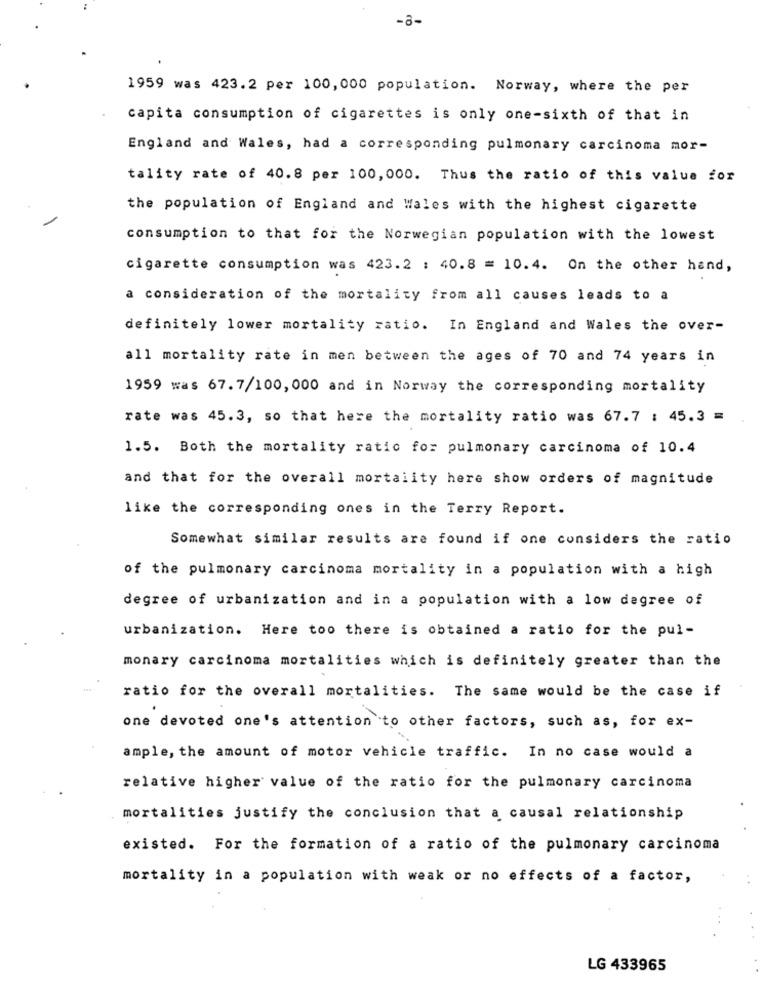
-8-
1959 was 423.2 per 100, 000 population. Norway, where the per
capita consumption of cigarettes is only one-sixth of that in
England and Wales, had a corresponding pulmonary carcinoma mor-
tality rate of 40.8 per 100, 000. Thus the ratio of this value for
the population of England and Wales with the highest cigarette
consumption to that for the Norwegian population with the lowest
cigarette consumption was 423.2 : 40.8 = 10.4. On the other hand,
consideration of the mortality from all causes leads to a
definitely lower mortality ratio. In England and Wales the over-
all mortality rate in men between the ages of 70 and 74 years in
1959 was 67.7/100, 000 and in Norway the corresponding mortality
rate was 45.3, so that here the mortality ratio was 67.7 : 45.3 =
1.5. Both the mortality ratio for pulmonary carcinoma of 10.4
and that for the overall mortality here show orders of magnitude
like the corresponding ones in the Terry Report.
Somewhat similar results are found if one considers the ratio
of the pulmonary carcinoma mortality in a population with a high
degree of urbanization and in a population with a low degree of
urbanization. Here too there is obtained a ratio for the pul-
monary carcinoma mortalities which is definitely greater than the
ratio for the overall mortalities. The same would be the case if
one devoted one's attention to other factors, such as, for ex-
ample, the amount of motor vehicle traffic. In no case would a
relative higher value of the ratio for the pulmonary carcinoma
mortalities justify the conclusion that a causal relationship
existed. For the formation of a ratio of the pulmonary carcinoma
mortality in a population with weak or no effects of a factor,
LG 433965